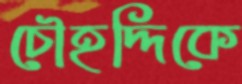
চৌহদ্দিকে